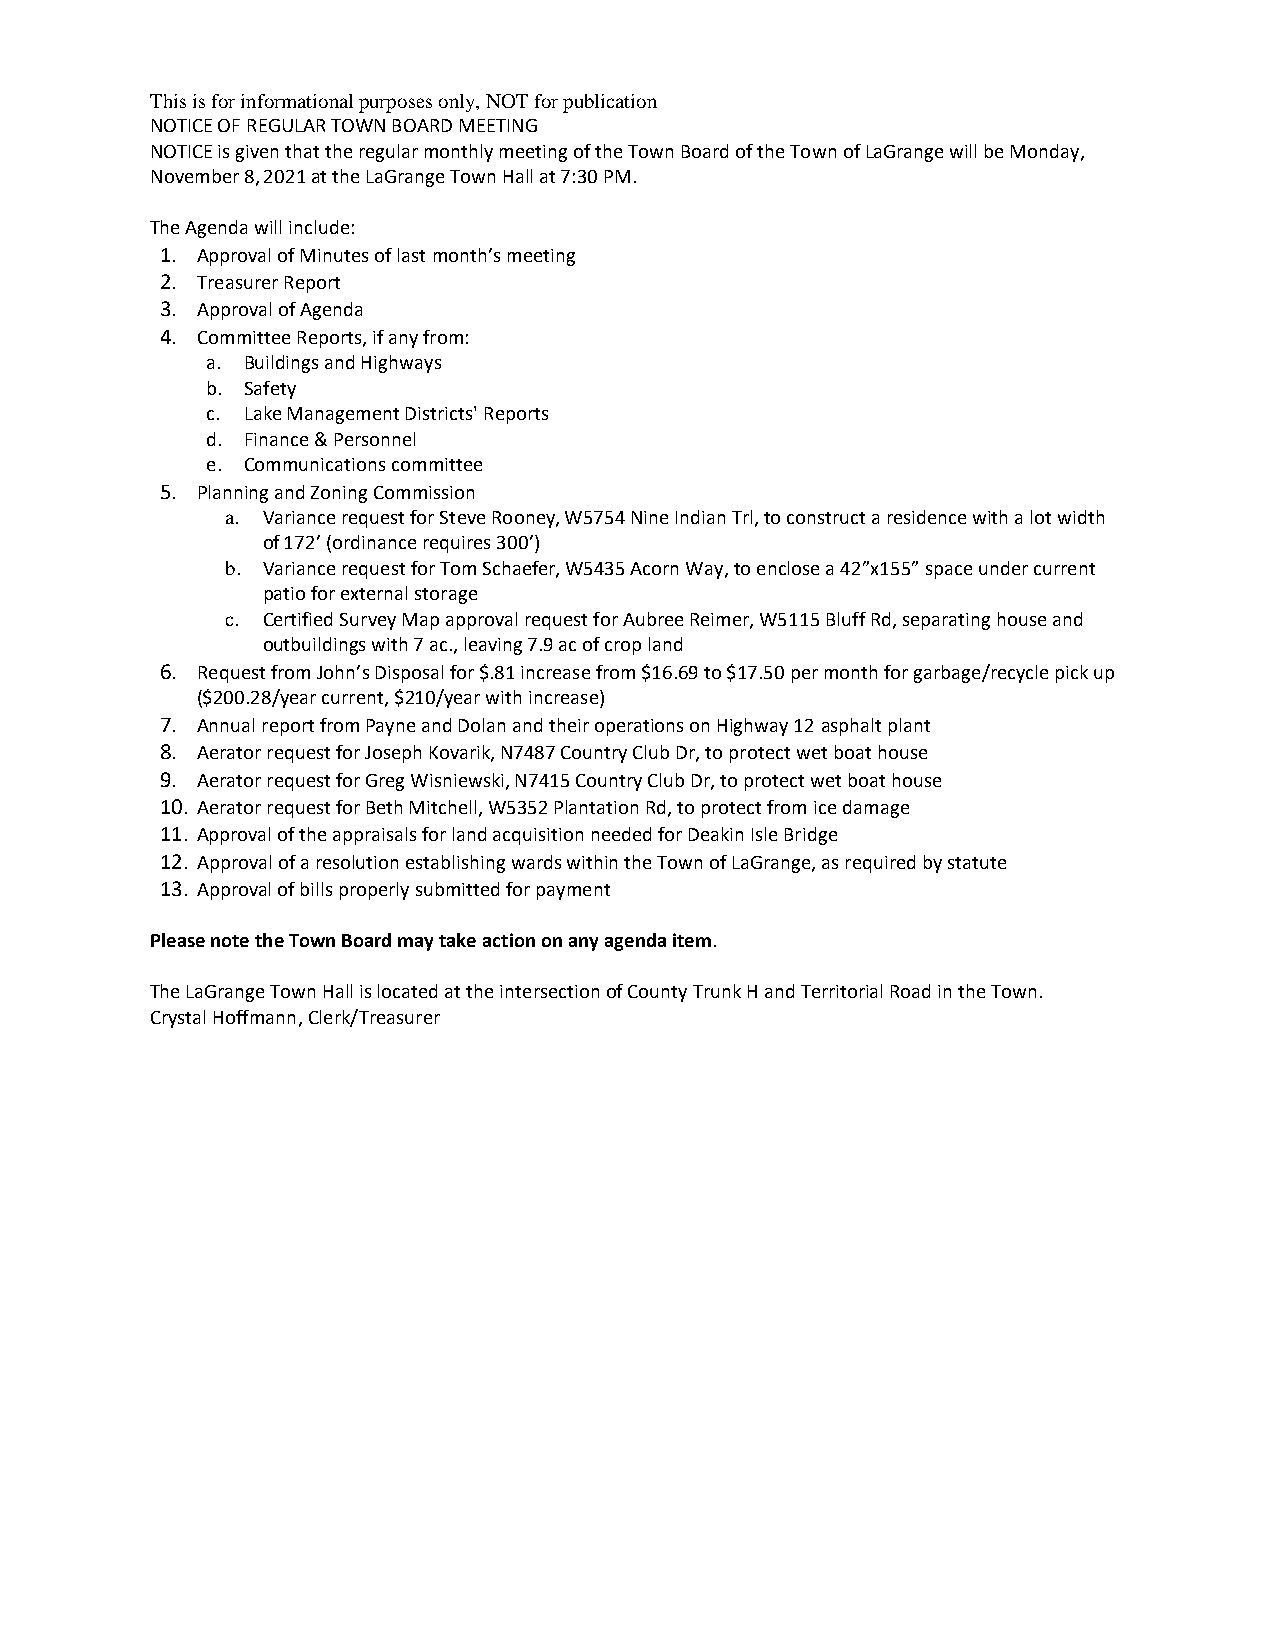
This is for informational purposes only, NOT for publication
 NOTICE OF REGULAR TOWN BOARD MEETING
 NOTICE is given that the regular monthly meeting of the Town Board of the Town of LaGrange will be Monday,
 November 8, 2021 at the LaGrange Town Hall at 7:30 PM.
 The Agenda will include:
 1. Approval of Minutes of last month’s meeting
 2. Treasurer Report
 3. Approval of Agenda
 4. Committee Reports, if any from:
 a. Buildings and Highways
 b. Safety
 c. Lake Management Districts' Reports
 d. Finance & Personnel
 e. Communications committee
 5. Planning and Zoning Commission
 a. Variance request for Steve Rooney, W5754 Nine Indian Trl, to construct a residence with a lot width
 of 172’ (ordinance requires 300’)
 b. Variance request for Tom Schaefer, W5435 Acorn Way, to enclose a 42”x155” space under current
 patio for external storage
 c. Certified Survey Map approval request for Aubree Reimer, W5115 Bluff Rd, separating house and
 outbuildings with 7 ac., leaving 7.9 ac of crop land
 6. Request from John’s Disposal for $.81 increase from $16.69 to $17.50 per month for garbage/recycle pick up
 ($200.28/year current, $210/year with increase)
 7. Annual report from Payne and Dolan and their operations on Highway 12 asphalt plant
 8. Aerator request for Joseph Kovarik, N7487 Country Club Dr, to protect wet boat house
 9. Aerator request for Greg Wisniewski, N7415 Country Club Dr, to protect wet boat house
 10. Aerator request for Beth Mitchell, W5352 Plantation Rd, to protect from ice damage
 11. Approval of the appraisals for land acquisition needed for Deakin Isle Bridge
 12. Approval of a resolution establishing wards within the Town of LaGrange, as required by statute
 13. Approval of bills properly submitted for payment
 Please note the Town Board may take action on any agenda item.
 The LaGrange Town Hall is located at the intersection of County Trunk H and Territorial Road in the Town.
 Crystal Hoffmann, Clerk/Treasurer